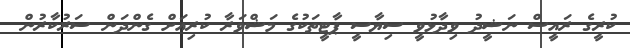
ކުރީގެ ރައީސް ނަޝީދު ވިދާޅުވީ ސިޔާސީ ޕާޓީތަކުގެ މަޝްވަރާ ކުރިއަށް ގެންދަން ސަރުކާރުން